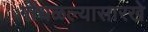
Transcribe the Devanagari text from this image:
गोंधळल्यासारखे